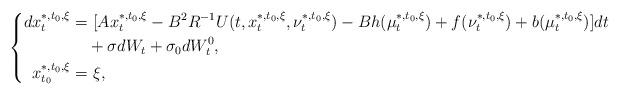
LaTeX: \begin{align*}\left\{\begin{aligned}dx_t^{*,t_0,\xi}=&~[Ax_t^{*,t_0,\xi}-B^2R^{-1}U(t,x_t^{*,t_0,\xi},\nu_t^{*,t_0,\xi})-Bh(\mu_t^{*,t_0,\xi})+f(\nu_t^{*,t_0,\xi})+b(\mu_t^{*,t_0,\xi})]dt\\&+\sigma dW_t+\sigma_0dW^0_t,\\x_{t_0}^{*,t_0,\xi}=&~\xi,\end{aligned}\right.\end{align*}